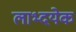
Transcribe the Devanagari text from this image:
लाभ्दयेक